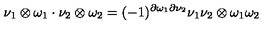
\nu _ { 1 } \otimes \omega _ { 1 } \cdot \nu _ { 2 } \otimes \omega _ { 2 } = ( - 1 ) ^ { \partial \omega _ { 1 } \partial \nu _ { 2 } } \nu _ { 1 } \nu _ { 2 } \otimes \omega _ { 1 } \omega _ { 2 }